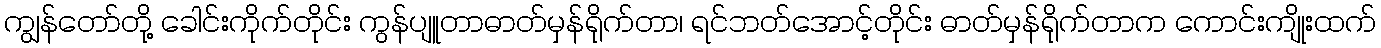
ကျွန်တော်တို့ ခေါင်းကိုက်တိုင်း ကွန်ပျူတာဓာတ်မှန်ရိုက်တာ၊ ရင်ဘတ်အောင့်တိုင်း ဓာတ်မှန်ရိုက်တာက ကောင်းကျိုးထက်